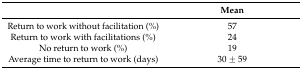
<table><thead><tr><td></td><td><b>Mean</b></td></tr></thead><tbody><tr><td>Return to work without facilitation (%)</td><td>57</td></tr><tr><td>Return to work with facilitations (%)</td><td>24</td></tr><tr><td>No return to work (%)</td><td>19</td></tr><tr><td>Average time to return to work (days)</td><td>30 ± 59</td></tr></tbody></table>